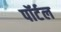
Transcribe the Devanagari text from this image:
पॉर्टल